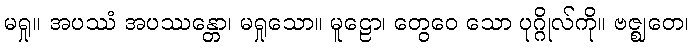
မရှု။ အပဿံ အပဿန္တော၊ မရှုသော။ မူဠော၊ တွေဝေ သော ပုဂ္ဂိုလ်ကို။ ဗဇ္ဈတေ၊